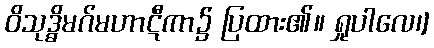
ဝိသုဒ္ဓိမဂ်မဟာဋီကာ၌ ပြထား၏။ ရှုပါလေ၊]